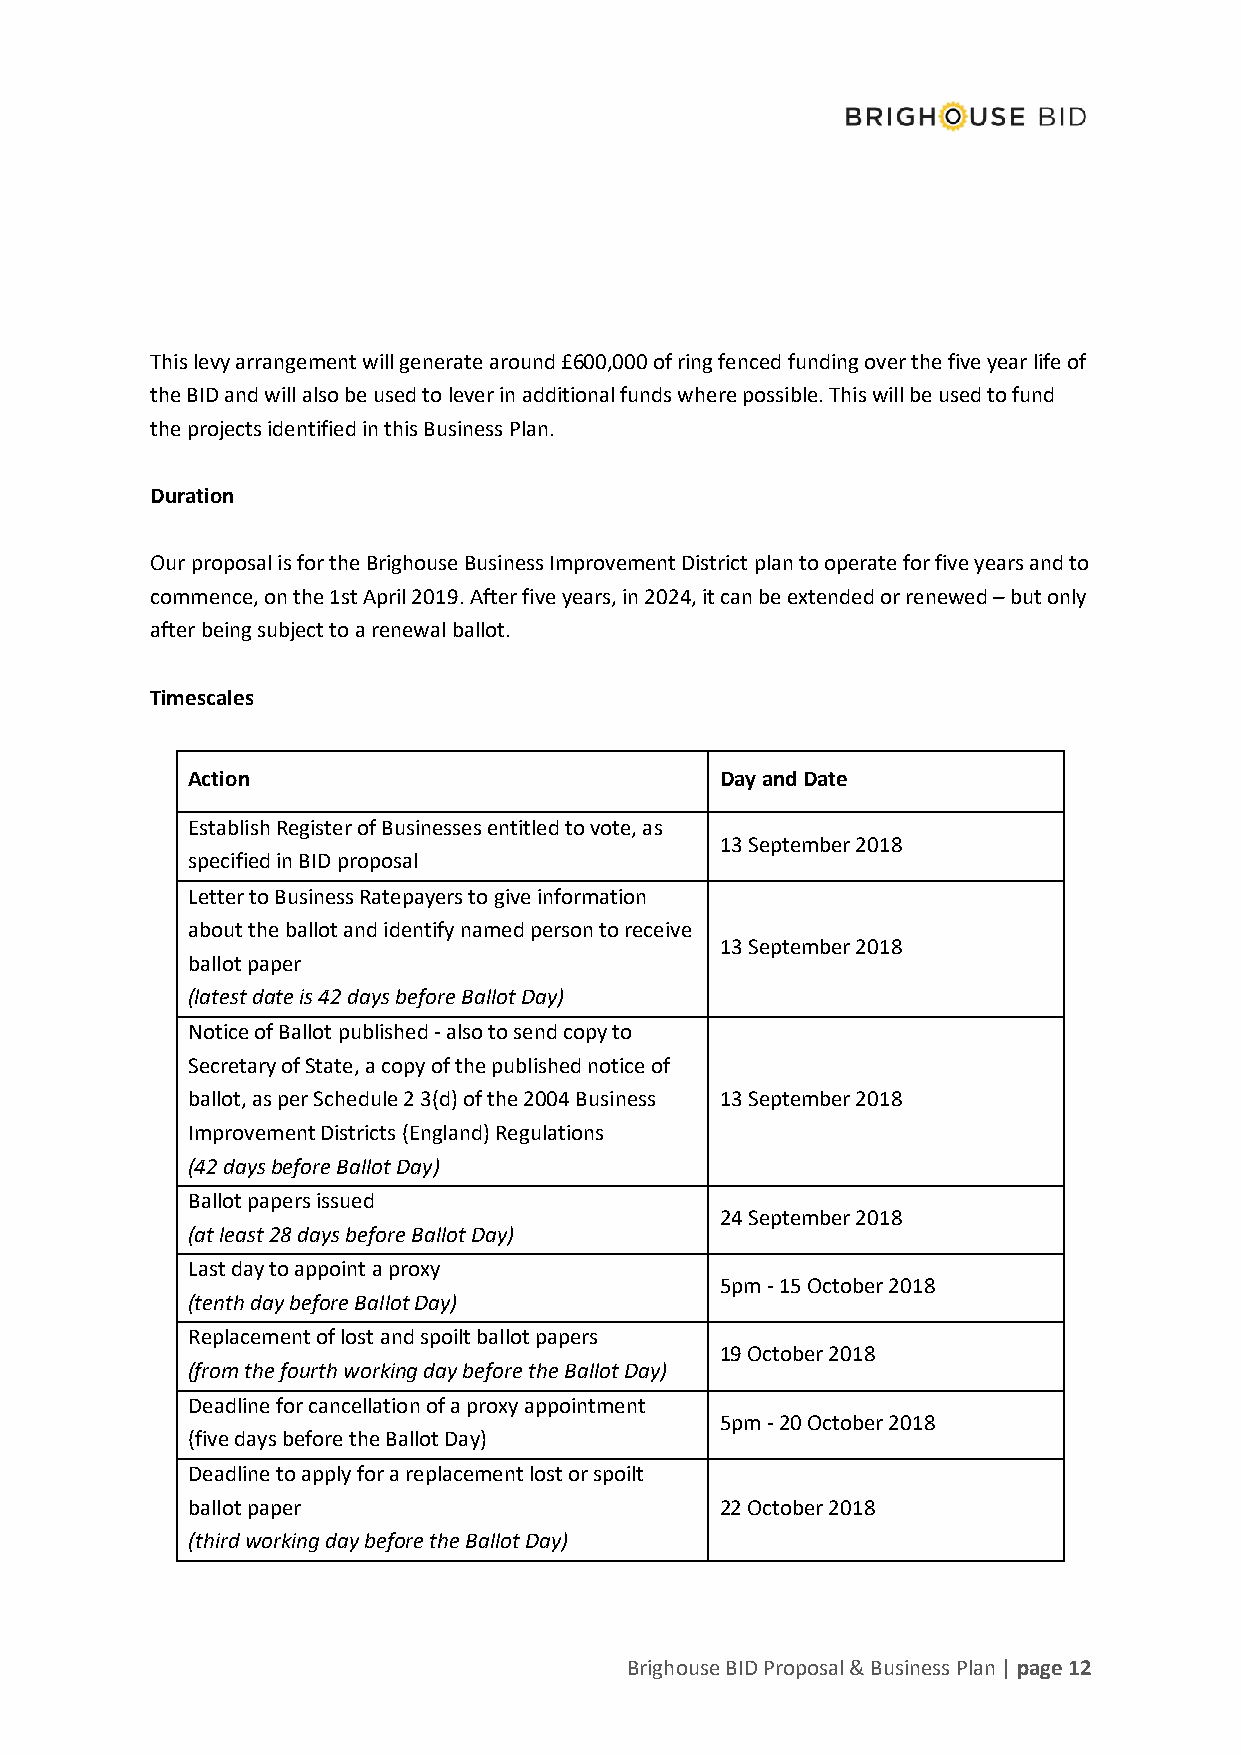
This levy arrangement will generate around £600,000 of ring fenced funding over the five year life of
 the BID and will also be used to lever in additional funds where possible. This will be used to fund
 the projects identified in this Business Plan.
 Duration
 Our proposal is for the Brighouse Business Improvement District plan to operate for five years and to
 commence, on the 1st April 2019. After five years, in 2024, it can be extended or renewed – but only
 after being subject to a renewal ballot.
 Timescales
 Action                              Day and Date
 Establish Register of Businesses entitled to vote, as
 13 September 2018
 specified in BID proposal
 Letter to Business Ratepayers to give information
 about the ballot and identify named person to receive
 13 September 2018
 ballot paper
 (latest date is 42 days before Ballot Day)
 Notice of Ballot published - also to send copy to
 Secretary of State, a copy of the published notice of
 ballot, as per Schedule 2 3(d) of the 2004 Business 13 September 2018
 Improvement Districts (England) Regulations
 (42 days before Ballot Day)
 Ballot papers issued
 24 September 2018
 (at least 28 days before Ballot Day)
 Last day to appoint a proxy
 5pm - 15 October 2018
 (tenth day before Ballot Day)
 Replacement of lost and spoilt ballot papers
 19 October 2018
 (from the fourth working day before the Ballot Day)
 Deadline for cancellation of a proxy appointment
 5pm - 20 October 2018
 (five days before the Ballot Day)
 Deadline to apply for a replacement lost or spoilt
 ballot paper                        22 October 2018
 (third working day before the Ballot Day)
 Brighouse BID Proposal & Business Plan | page 12